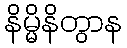
နိမ္မိနိတွာန